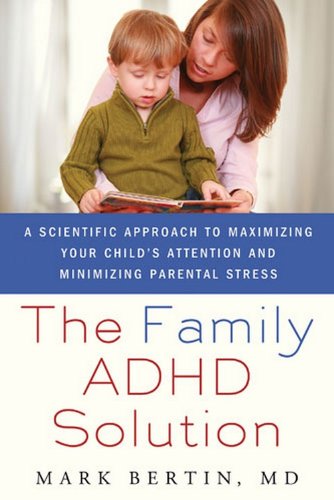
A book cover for The Family ADHD Solution: A Scientific Approach to Maximizing Your Child's Attention and Minimizing Parental Stress; Mark Bertin; Parenting & Relationships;